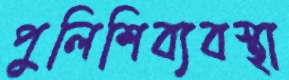
পুলিশিব্যবস্থা